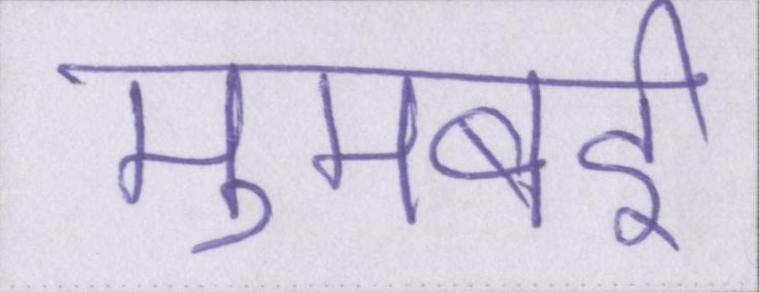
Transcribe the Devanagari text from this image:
मुमबई